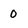
Character: 0